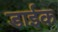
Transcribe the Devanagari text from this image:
डाईक